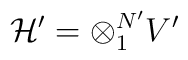
{\cal H'}  = \otimes _1^{N'}   V'